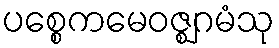
ပစ္စေကမေဝဇ္ဈဂမံသု